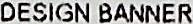
DESIGN BANNER